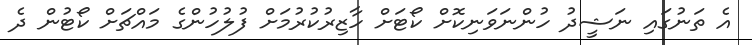
އެ ތަނުގައި ނަޝީދު ހުންނަވަނިކޮށް ކޯޓަށް ހާޒިރުކުރުމަށް ފުލުހުންގެ މައްޗަށް ކޯޓުން ދެ